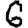
Digit: 6